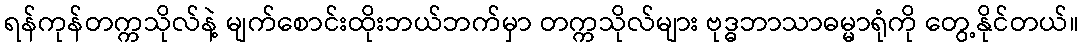
ရန်ကုန်တက္ကသိုလ်နဲ့ မျက်စောင်းထိုးဘယ်ဘက်မှာ တက္ကသိုလ်များ ဗုဒ္ဓဘာသာဓမ္မာရုံကို တွေ့နိုင်တယ်။